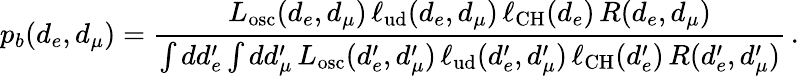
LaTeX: p_{b}(d_{e},d_{\mu})=\frac{L_{\mathrm{osc}}(d_{e},d_{\mu})\, \ell_{\mathrm{ud}}(d_{e},d_{\mu})\, \ell_{\mathrm{CH}}(d_{e})\, R(d_{e},d_{\mu})}{\int dd_{e}^{\prime}\int dd_{\mu}^{\prime}\, L_{\mathrm{osc}}(d_{e}^{\prime},d_{\mu}^{\prime})\, \ell_{\mathrm{ud}}(d_{e}^{\prime},d_{\mu}^{\prime})\, \ell_{\mathrm{CH}}(d_{e}^{\prime})\, R(d_{e}^{\prime},d_{\mu}^{\prime})}\, .